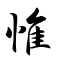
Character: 惟